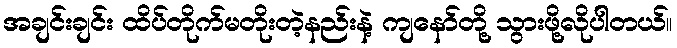
အချင်းချင်း ထိပ်တိုက်မတိုးတဲ့နည်းနဲ့ ကျနော်တို့ သွားဖို့လိုပါတယ်။